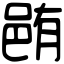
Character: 𨚼